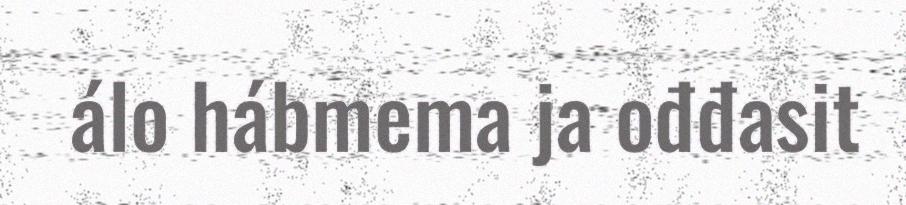
álo hábmema ja ođđasit